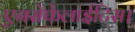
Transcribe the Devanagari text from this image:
एनसेफेलाईटिस।